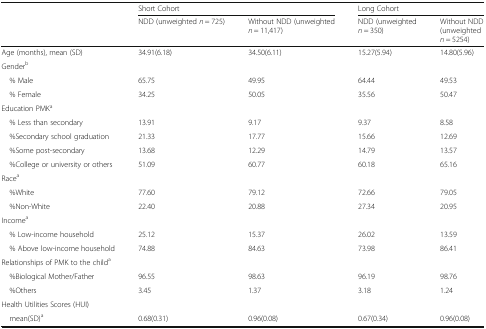
|  | <COLSPAN=2> Short Cohort | <COLSPAN=2> Long Cohort |
 |  | NDD (unweighted n = 725) | Without NDD (unweighted n = 11,417) | NDD (unweighted n = 350) | Without NDD (unweighted n = 5254) |
 | --- | --- | --- | --- | --- |
 | Age (months), mean (SD) | 34.91(6.18) | 34.50(6.11) | 15.27(5.94) | 14.80(5.96) |
 | <COLSPAN=5> Genderb |
 | % Male | 65.75 | 49.95 | 64.44 | 49.53 |
 | % Female | 34.25 | 50.05 | 35.56 | 50.47 |
 | <COLSPAN=5> Education PMKa |
 | % Less than secondary | 13.91 | 9.17 | 9.37 | 8.58 |
 | %Secondary school graduation | 21.33 | 17.77 | 15.66 | 12.69 |
 | %Some post-secondary | 13.68 | 12.29 | 14.79 | 13.57 |
 | %College or university or others | 51.09 | 60.77 | 60.18 | 65.16 |
 | <COLSPAN=5> Racea |
 | %White | 77.60 | 79.12 | 72.66 | 79.05 |
 | %Non-White | 22.40 | 20.88 | 27.34 | 20.95 |
 | <COLSPAN=5> Incomea |
 | % Low-income household | 25.12 | 15.37 | 26.02 | 13.59 |
 | % Above low-income household | 74.88 | 84.63 | 73.98 | 86.41 |
 | <COLSPAN=5> Relationships of PMK to the childa |
 | %Biological Mother/Father | 96.55 | 98.63 | 96.19 | 98.76 |
 | %Others | 3.45 | 1.37 | 3.18 | 1.24 |
 | <COLSPAN=5> Health Utilities Scores (HUI) |
 | mean(SD)a | 0.68(0.31) | 0.96(0.08) | 0.67(0.34) | 0.96(0.08) |